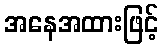
အနေအထားဖြင့်